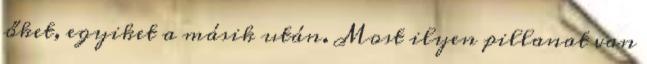
őket, egyiket a másik után. Most ilyen pillanat van